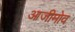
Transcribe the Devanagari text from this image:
आजीमोव